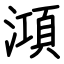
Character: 澒